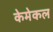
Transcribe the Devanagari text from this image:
केमेकल